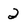
Character: 2